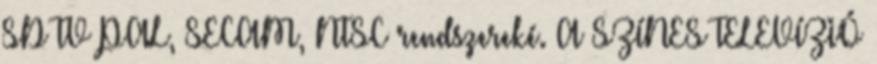
SD TV PAL, SECAM, NTSC rendszereké. A SZÍNES TELEVÍZIÓ